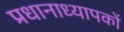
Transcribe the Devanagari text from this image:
प्रधानाध्यापकों